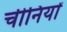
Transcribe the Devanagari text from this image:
चीनियाें